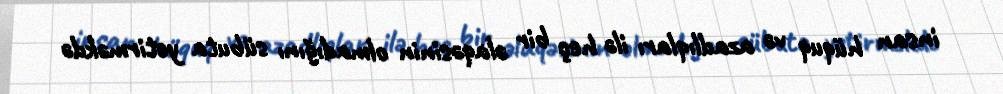
insan hüquq və azadlıqları ilə heç bir əlaqəsinin olmadığını sübuta yetirməkdə